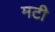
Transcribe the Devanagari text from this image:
मटी